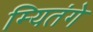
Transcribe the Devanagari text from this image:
म्यितंगे